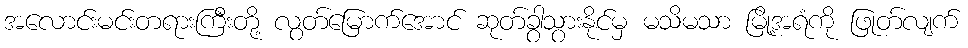
အလောင်းမင်းတရားကြီးတို့ လွတ်မြောက်အောင် ဆုတ်ခွာသွားနိုင်မှ မသိမသာ မြို့အရံကို ဖြုတ်လျက်